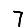
Digit: 7